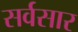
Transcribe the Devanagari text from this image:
सर्वसार